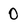
Character: 0